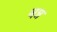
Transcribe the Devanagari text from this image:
धन्न